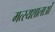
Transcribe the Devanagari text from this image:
मत्स्यशालाओं